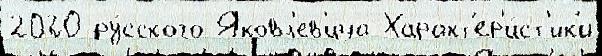
2020 ру́сского Яковл'ев'ича Характ'ер'и́ст'ик'и